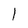
Character: 1